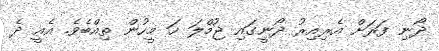
ދޯނި ފަރަށް އެރިއިރު ދޯނީގައި ޖުމްލަ ހަ މީހުން ތިއްބެވެ. އެއީ ދެ